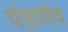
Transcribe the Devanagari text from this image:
यंत्रार्णव